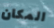
المكان